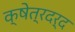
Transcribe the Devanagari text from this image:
क्षेत्रदर्द